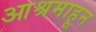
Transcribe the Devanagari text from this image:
आश्रमाहून